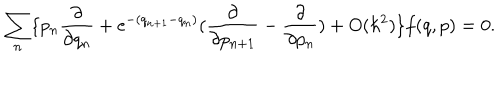
LaTeX: \sum _ { n } \{ p _ { n } \frac { \partial } { \partial q _ { n } } + \mathrm { e } ^ { - ( q _ { n + 1 } - q _ { n } ) } ( \frac { \partial } { \partial p _ { n + 1 } } - \frac { \partial } { \partial p _ { n } } ) + O ( \hbar ^ { 2 } ) \} f ( q , p ) = 0 .